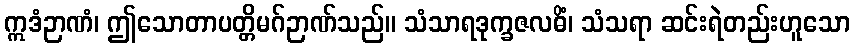
ဣဒံဉာဏံ၊ ဤသောတာပတ္တိမဂ်ဉာဏ်သည်။ သံသာရဒုက္ခဇလဓိံ၊ သံသရာ ဆင်းရဲတည်းဟူသော